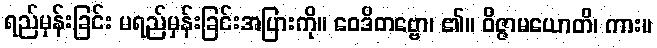
ရည်မှန်းခြင်း မရည်မှန်းခြင်းအပြားကို။ ဝေဒိတဗ္ဗော၊ ၏။ ဝိဇ္ဇာမယောတိ၊ ကား။